Sanitation, dispensaries and jails vaccination Rajputana 1922-1927 - 1922-1927
Year: 1922
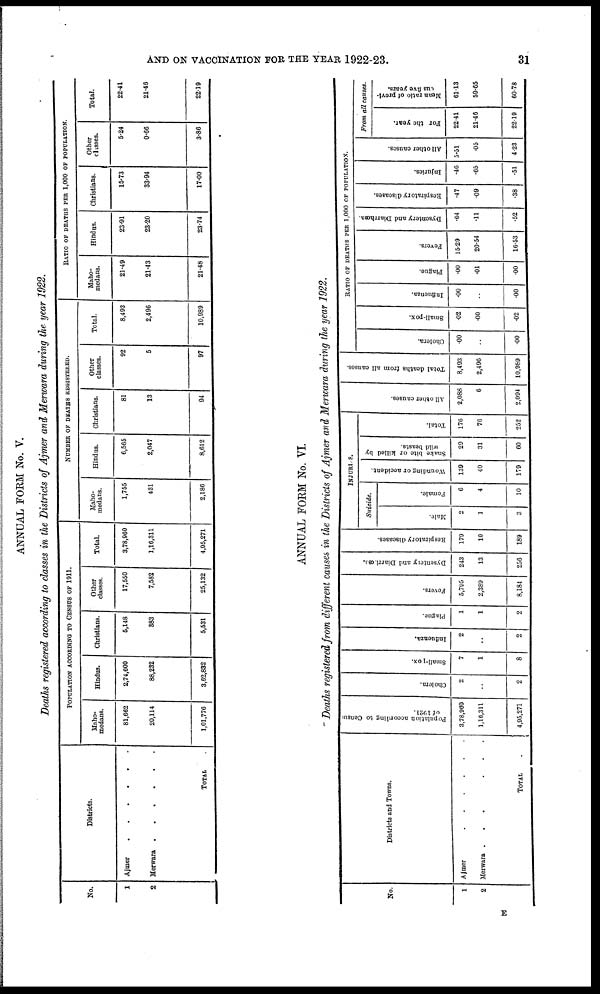
AND ON VACCINATION FOR THE YEAR 1922-23.
31
ANNUAL FORM No. V.
Deaths registered according to classes in the Districts of Ajmer and Merwara during the year 1922.
No.
1
2
Districts.
Ajmer . . . . . . .
Merwara . . . . . .
TOTAL .
POPULATION ACCORDING TO CENSUS OF 1911.
Maho¬
medans.
81,662
20,114
1,01,776
Hindus.
2,74,600
88,232
3,62,832
Christians.
5,148
383
5,531
Other
classes.
17,550
7,582
25,132
Total.
3,78,960
1,16,311
4,95,271
NUMBER OF DEATHS REGISTERED.
Maho¬
medans.
1,755
431
2,186
Hindus.
6,565
2,047
8,612
Christians.
81
13
94
Other
classes.
92
5
97
Total.
8,493
2,496
10,989
RATIO OF DEATHS PER 1,000 OF POPULATION.
Maho¬
medans.
21.49
21.43
21.48
Hindus.
23.91
23.20
23.74
Christians.
15.73
33.94
17.00
Other
classes.
5.24
0.66
3.86
Total.
22.41
21.46
22.19
ANNUAL FORM No. VI.
Deaths registered from different causes in the Districts of Ajmer and Merwara during the year 1922.
No.
1
2
Districts and Towns.
Ajmer
.
.
.
.
.
.
Merwara
.
.
.
.
.
TOTAL .
Population according to Census
of 1921.
3,78,960
1,16,311
4,95,271
Cholera.
2
..
2
Small-pox.
7
1
8
Influenza.
2
..
2
Plague.
1
1
2
Fevers.
5,795
2,389
8,184
Dysentery and Diarrhœa.
243
13
256
Respiratory diseases.
179
10
189
INJURIS.
Suicide.
Male.
2
1
3
Female.
6
4
10
Wounding or accident.
139
40
179
Snake bite or killed by
wild beasts.
29
31
60
Total.
176
76
252
All other causes.
2,088
6
2,094
Total deaths from all causes.
8,493
2,496
10,989
RATIO OF DEATHS PER 1,000 OF POPULATION.
Cholera.
.00
..
.00
Small-pox.
.02
.00
.02
Influenza.
.00
..
.00
Plague.
.00
.01
.00
Fevers.
15.29
20.54
16.53
Dysentery and Diarrhoea.
.64
.11
.52
Respiratory diseases.
.47
.09
.38
Injuries.
.46
.65
.51
All other causes.
5.51
.05
4.23
From all causes.
For the year.
22.41
21.46
22.19
Mean ratio of previ¬
ous five years.
61.13
59.65
60.78
E